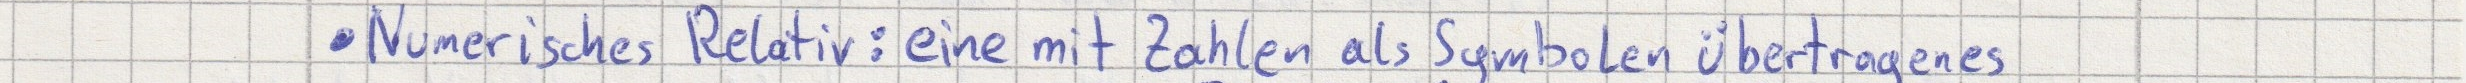
Numerisches Relativ: eine mit Zahlen als Symbolen übertragenes